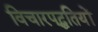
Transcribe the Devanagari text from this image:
विचारपद्धतियों